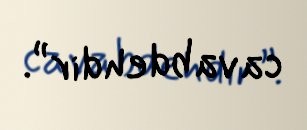
cavabdehdir”.